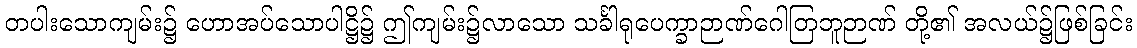
တပါးသောကျမ်း၌ ဟောအပ်သောပါဋ္ဌိ၌ ဤကျမ်း၌လာသော သင်္ခါရုပေက္ခာဉာဏ်ဂေါတြဘူဉာဏ် တို့၏ အလယ်၌ဖြစ်ခြင်း